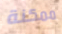
ممكنة